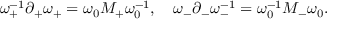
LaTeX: \omega _ { + } ^ { - 1 } \partial _ { + } \omega _ { + } = \omega _ { 0 } M _ { + } \omega _ { 0 } ^ { - 1 } , \quad \omega _ { - } \partial _ { - } \omega _ { - } ^ { - 1 } = \omega _ { 0 } ^ { - 1 } M _ { - } \omega _ { 0 } .